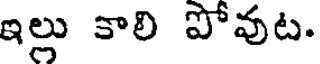
ఇల్లు కాలి పోవుట.